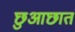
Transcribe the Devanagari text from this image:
छुआछात